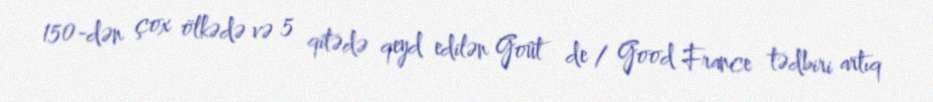
150-dən çox ölkədə və 5 qitədə qeyd edilən Goût de / Good France tədbiri artıq